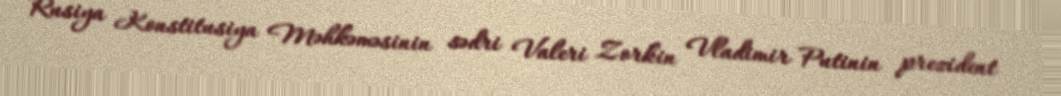
Rusiya Konstitusiya Məhkəməsinin sədri Valeri Zorkin Vladimir Putinin prezident